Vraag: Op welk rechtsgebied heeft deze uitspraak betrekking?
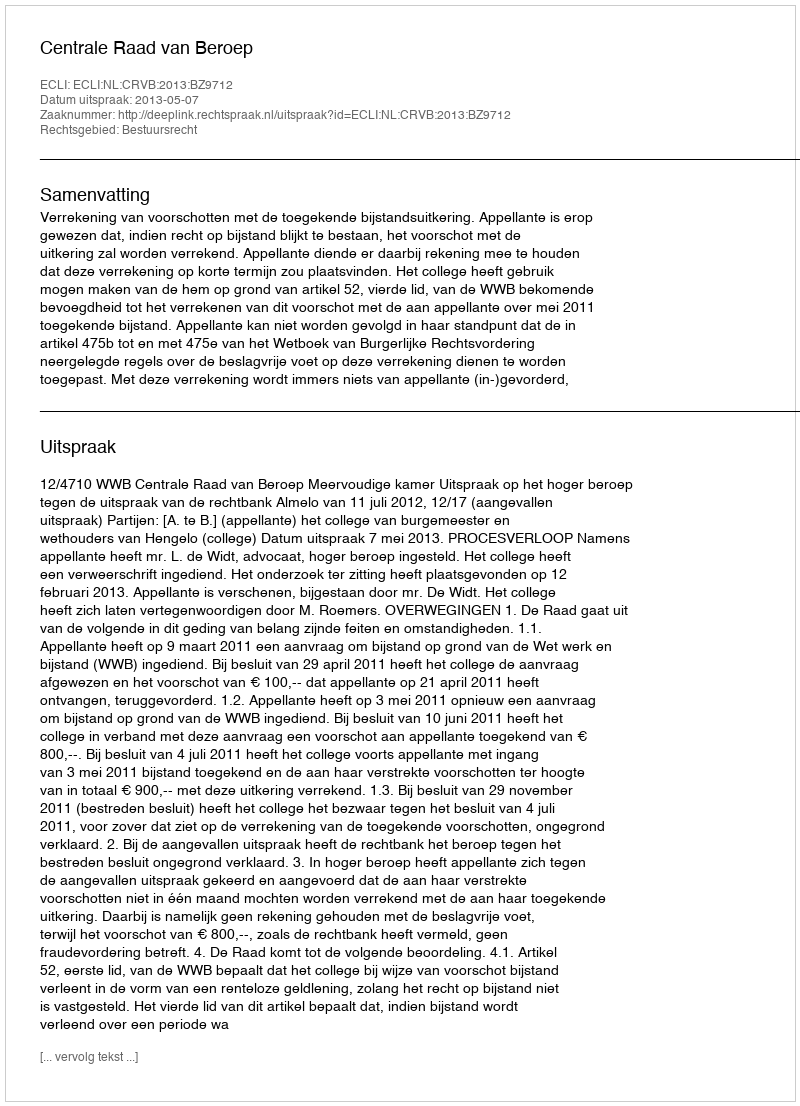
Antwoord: Bestuursrecht